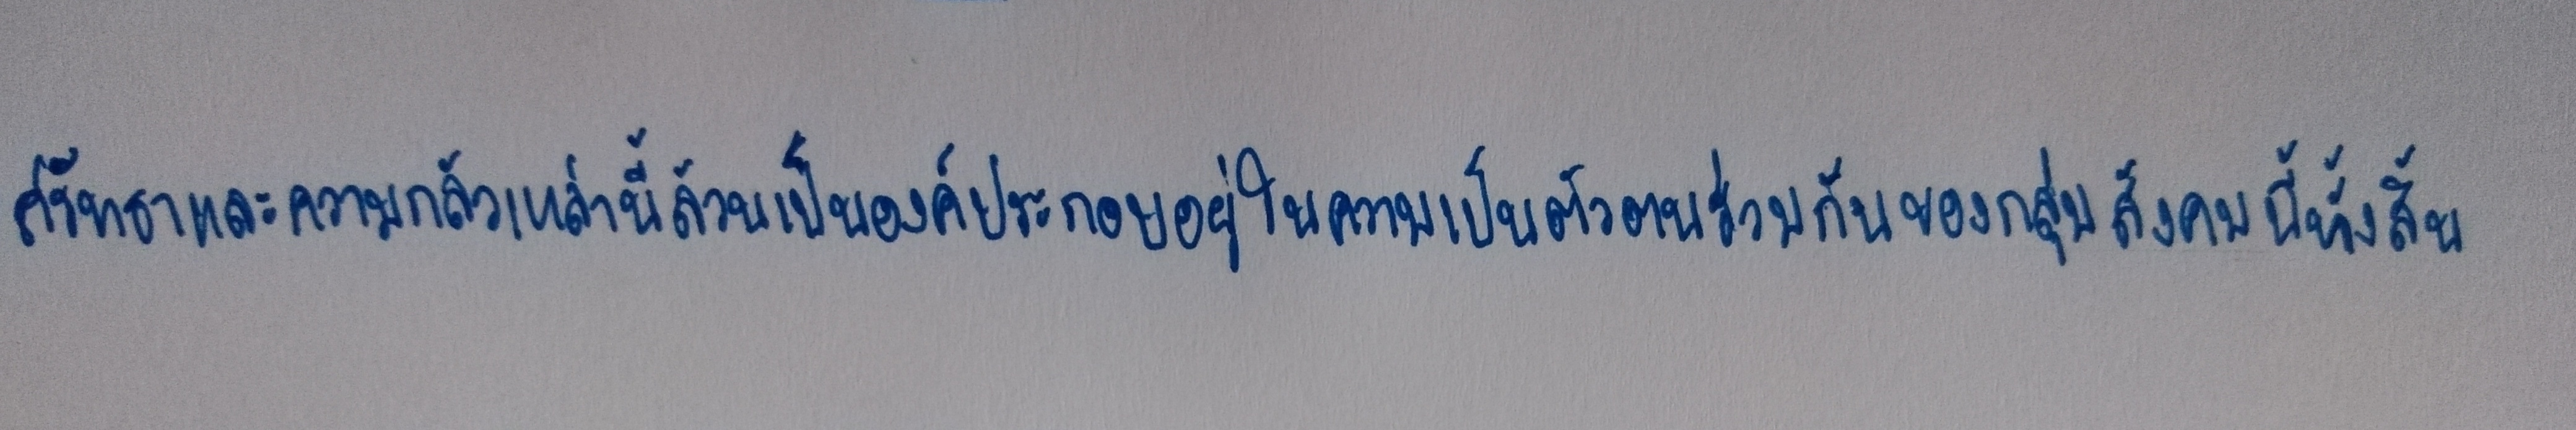
ศรัทธาและความกลัวเหล่านี้ล้วนเป็นองค์ประกอบอยู่ในความเป็นตัวตนร่วมกันของกลุ่มสังคมนี้ทั้งสิ้น